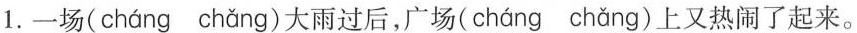
1. 一场( cháng chǎng )大雨过后，广场( cháng chǎng )上又热闹了起来。